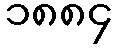
၁၈၈၄